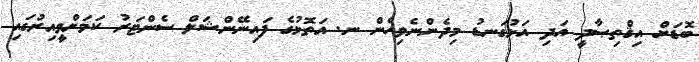
ބޮޑަށް އިޤްތިޞާދީ އަދި އަޅުގަނޑު މިދެންނެވިހެން ނ. އަތޮޅުގެ ފައިނޭންޝަލް ސެންޓަރު ކަމަށްވީއިރުގައި